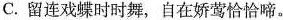
C.留连戏蝶时时舞，自在娇莺恰恰啼。